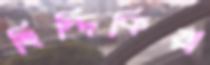
ছিদ্দিকিয়া